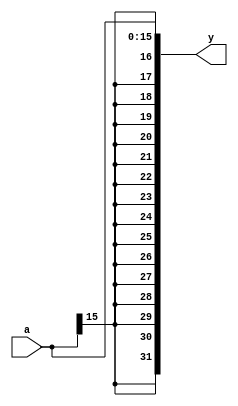
//logic for sign extension
module sign_ext #(parameter IN_WIDTH=16, OUT_WIDTH=32)(
	input [IN_WIDTH-1:0] a,
	output [OUT_WIDTH-1:0] y
);
	
	assign y = { {OUT_WIDTH-IN_WIDTH { a[IN_WIDTH-1] }}, a };
	
endmodule